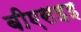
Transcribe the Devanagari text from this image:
बीएसइइ